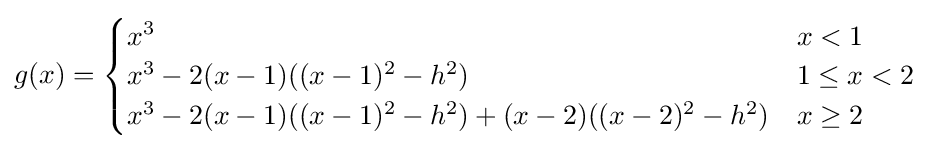
g(x)={\begin{cases}x^{3}&x<1\\x^{3}-2(x-1)((x-1)^{2}-h^{2})&1\leq x<2\\x^{3}-2(x-1)((x-1)^{2}-h^{2})+(x-2)((x-2)^{2}-h^{2})&x\geq 2\end{cases}}